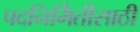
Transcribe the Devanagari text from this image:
पदनिर्मितीसाठी